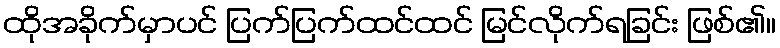
ထိုအခိုက်မှာပင် ပြက်ပြက်ထင်ထင် မြင်လိုက်ရခြင်း ဖြစ်၏။